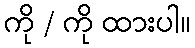
ကို / ကို ထားပါ။